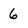
Character: 6